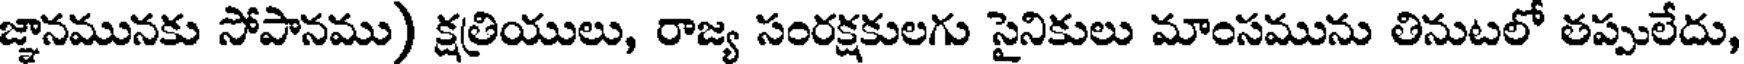
జ్ఞానమునకు సోపానము) క్షత్రియులు, రాజ్య సంరక్షకులగు సైనికులు మాంసమును తినుటలో తప్పులేదు,